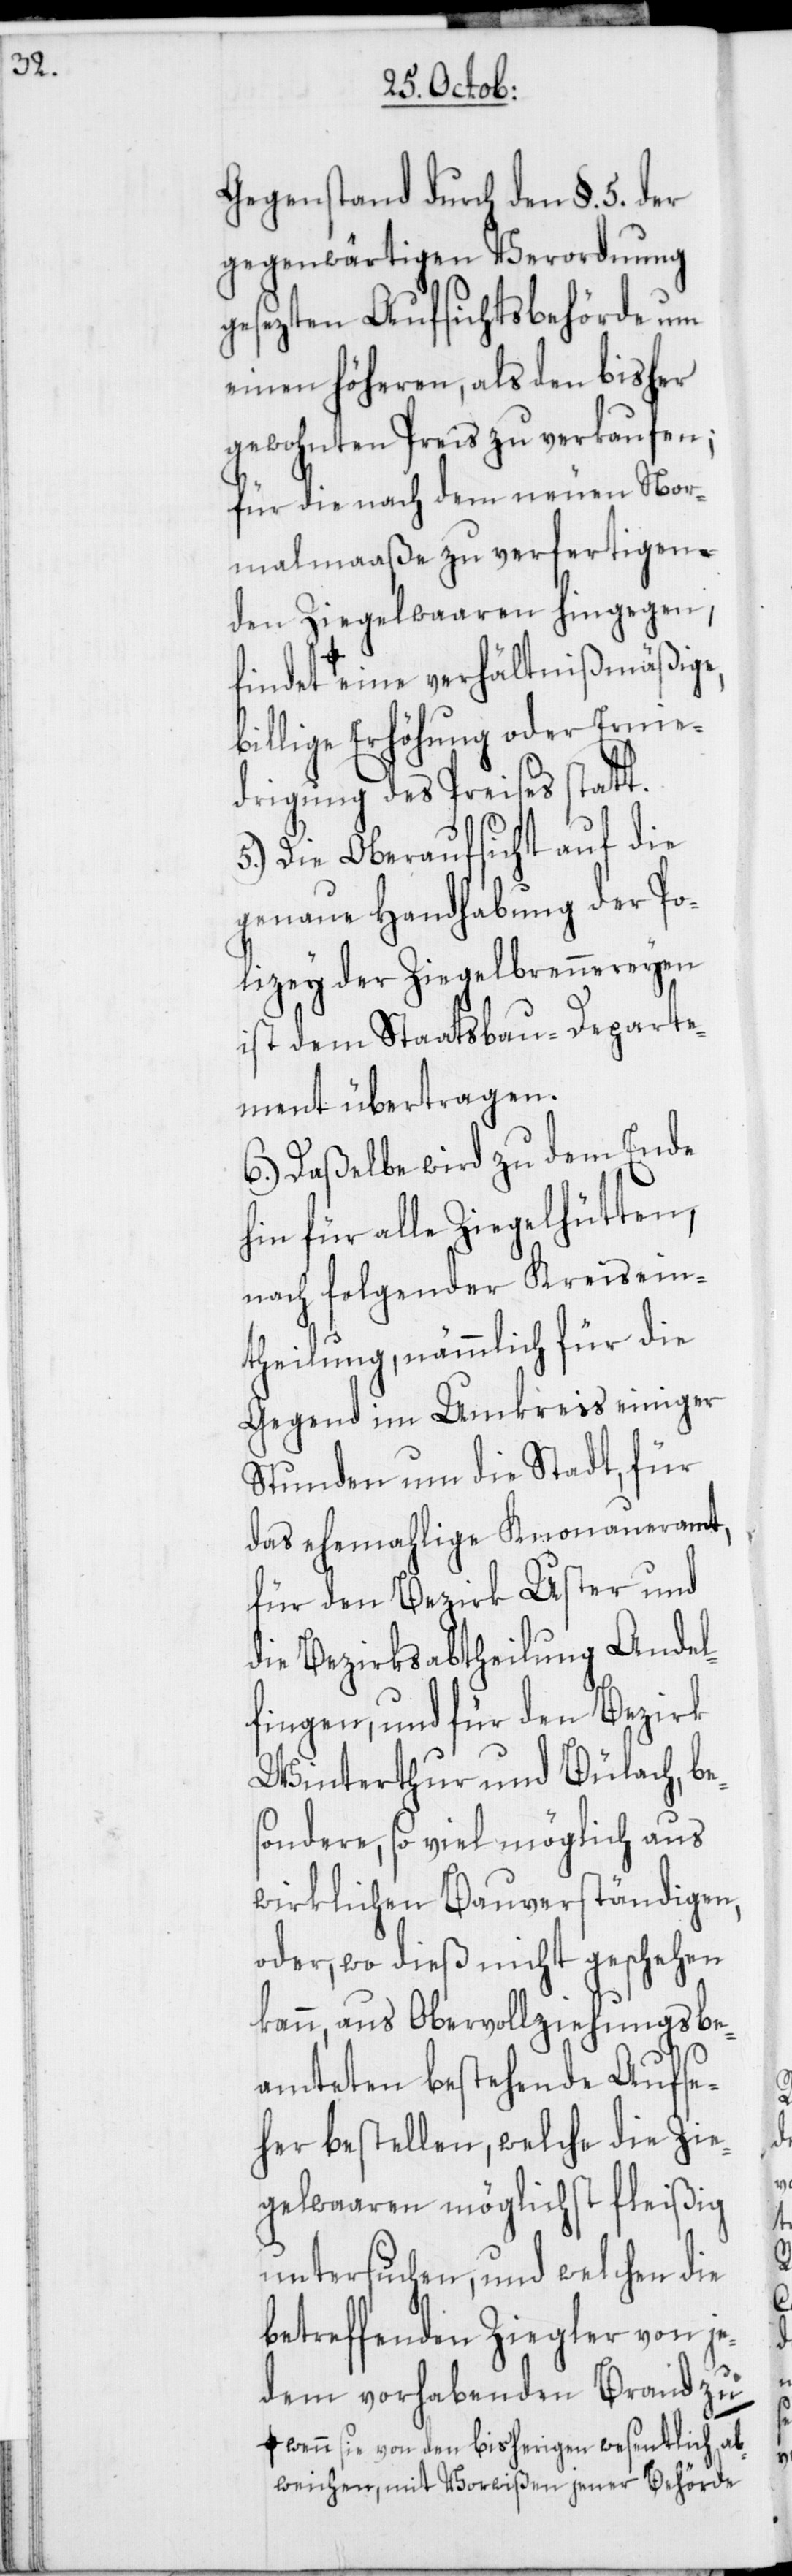
Gegenstand durch den §. 5. der
gegenwärtigen Verordnung
gesezten Aufsichtsbehörde um
einen höheren, als den bisher
gewohnten Preis zu verkaufen;
für die nach dem neuen Nor¬
malmaaße zu verfertigen¬
den Ziegelwaaren hingegen,
e-a eine verhältnißmäßige,
billige Erhöhung oder Ernie¬
drigung des Preises statt.
5.) Die Oberaufsicht auf die
genaue Handhabung der Po¬
lizey der Ziegelbrennereyen
ist dem Staatsbau-Departe¬
ment übertragen.
6.) Daßelbe wird zu dem Ende
hin für alle Ziegelhütten,
nach folgender Kreisein¬
theilung, nämmlich für die
Gegend im Umkreiss einiger
Stunden um die Stadt, für
das ehemahlige Knonaueramt,
für den Bezirk Uster und
die Bezirksabtheilung Andel¬
fingen, und für den Bezirk
Winterthur und Bülach, be¬
sondere, so viel möglich aus
wirklichen Bauverständigen,
oder, wo dieß nicht geschehen
kann, aus Obervollziehungsbe¬
amteten bestehende Aufse¬
her bestellen, welche die Zie¬
gelwaaren möglichst fleißig
untersuchen, und welchen die
betreffenden Ziegler von je¬
dem vorhabenden Brand zu
a-wenn sie von den bisherigen wesentlich ab¬
weichen, mit Vorwißen jener Behörd¬